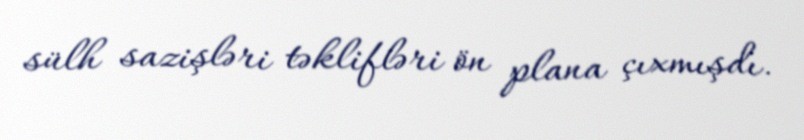
sülh sazişləri təklifləri ön plana çıxmışdı.